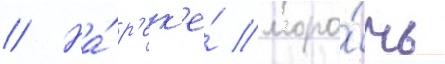
// На́ р'ек'е́ моро́чь